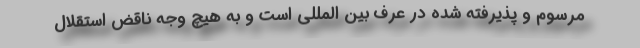
مرسوم و پذیرفته شده در عرف بین المللی است و به هیچ وجه ناقض استقلال